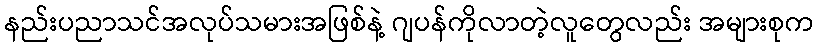
နည်းပညာသင်အလုပ်သမားအဖြစ်နဲ့ ဂျပန်ကိုလာတဲ့လူတွေလည်း အများစုက